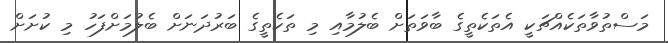
މަސްތުވާތަކެއްޗަކީ އެތަކެތީގެ ބާވަތަށް ބެލުމާއި މި ތަކެތީގެ ބަރުދަނަށް ބެލުމަށްފަހު މި ކުށަށް